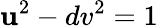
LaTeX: \mathbf{u}^{2}-dv^{2}=1